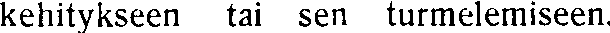
kehitykseen tai sen turmelemiseen.